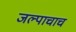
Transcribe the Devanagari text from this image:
जल्पाचाच